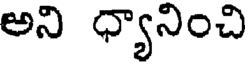
అని ధ్యానించి